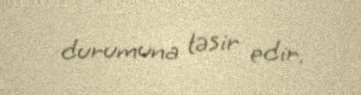
durumuna təsir edir.